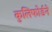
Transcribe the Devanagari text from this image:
कुलिफोर्डने